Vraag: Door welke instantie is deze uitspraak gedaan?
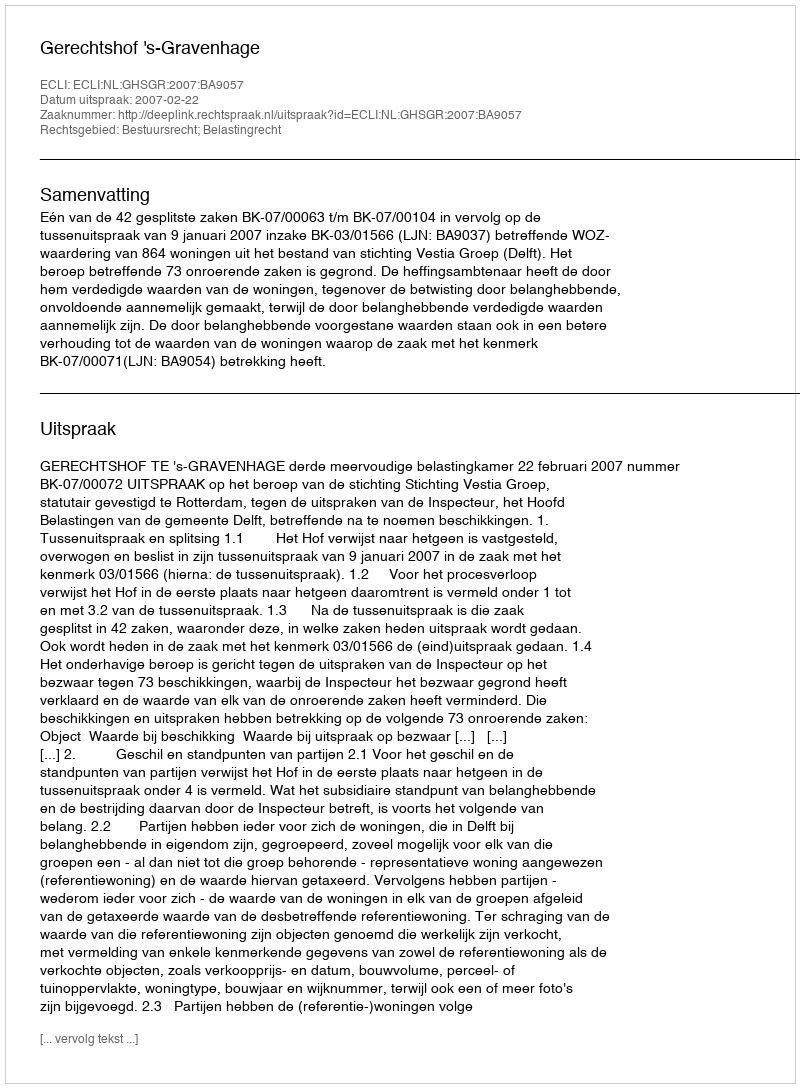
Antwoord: Gerechtshof 's-Gravenhage